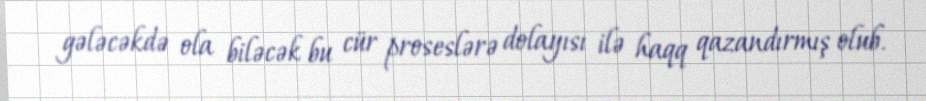
gələcəkdə ola biləcək bu cür proseslərə dolayısı ilə haqq qazandırmış olub.